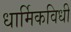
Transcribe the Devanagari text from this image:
धार्मिकविधी